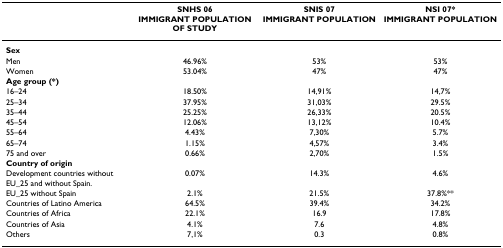
|  | SNHS 06 | SNIS 07 | NSI 07* |
 |  | IMMIGRANT POPULATION OF STUDY | IMMIGRANT POPULATION | IMMIGRANT POPULATION |
 | --- | --- | --- | --- |
 | Sex |  |  |  |
 | Men | 46.96% | 53% | 53% |
 | Women | 53.04% | 47% | 47% |
 | Age group (*) |  |  |  |
 | 16–24 | 18.50% | 14,91% | 14,7% |
 | 25–34 | 37.95% | 31,03% | 29.5% |
 | 35–44 | 25.25% | 26,33% | 20.5% |
 | 45–54 | 12.06% | 13,12% | 10.4% |
 | 55–64 | 4.43% | 7,30% | 5.7% |
 | 65–74 | 1.15% | 4,57% | 3.4% |
 | 75 and over | 0.66% | 2,70% | 1.5% |
 | Country of origin |  |  |  |
 | Development countries without EU_25 and without Spain. | 0.07% | 14.3% | 4.6% |
 | EU_25 without Spain | 2.1% | 21.5% | 37.8%** |
 | Countries of Latino America | 64.5% | 39.4% | 34.2% |
 | Countries of Africa | 22.1% | 16.9 | 17.8% |
 | Countries of Asia | 4.1% | 7.6 | 4.8% |
 | Others | 7,1% | 0.3 | 0.8% |